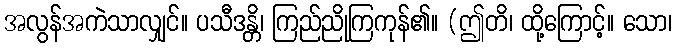
အလွန်အကဲသာလျှင်။ ပသီဒန္တိ၊ ကြည်ညိုကြကုန်၏။ (ဤတိ၊ ထို့ကြောင့်။ သော၊